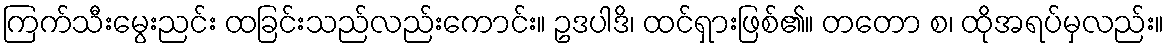
ကြက်သီးမွေးညင်း ထခြင်းသည်လည်းကောင်း။ ဥဒပါဒိ၊ ထင်ရှားဖြစ်၏။ တတော စ၊ ထိုအရပ်မှလည်း။